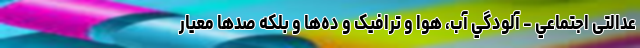
‌عدالتی اجتماعي - آلودگي آب، هوا و ترافيک و ده‌ها و بلکه صدها معيار